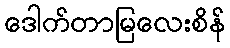
ဒေါက်တာမြလေးစိန်